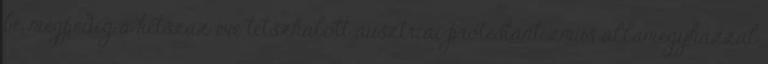
be, mégpedig a kétszáz éve tetszhalott ausztriai protestantizmus államegyházzal